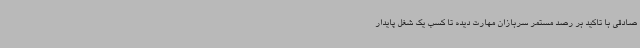
صادقی با تاکید بر رصد مستمر سربازان مهارت دیده تا کسب یک شغل پایدار